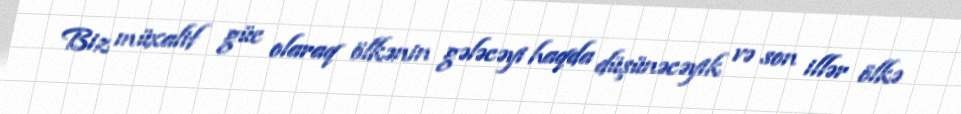
Biz müxalif güc olaraq ölkənin gələcəyi haqda düşünəcəyik və son illər ölkə